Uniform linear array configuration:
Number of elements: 16
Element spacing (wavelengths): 0.25
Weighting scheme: kaiser
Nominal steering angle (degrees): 15
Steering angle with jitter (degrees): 13.583
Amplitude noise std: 0.05
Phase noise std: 0.05

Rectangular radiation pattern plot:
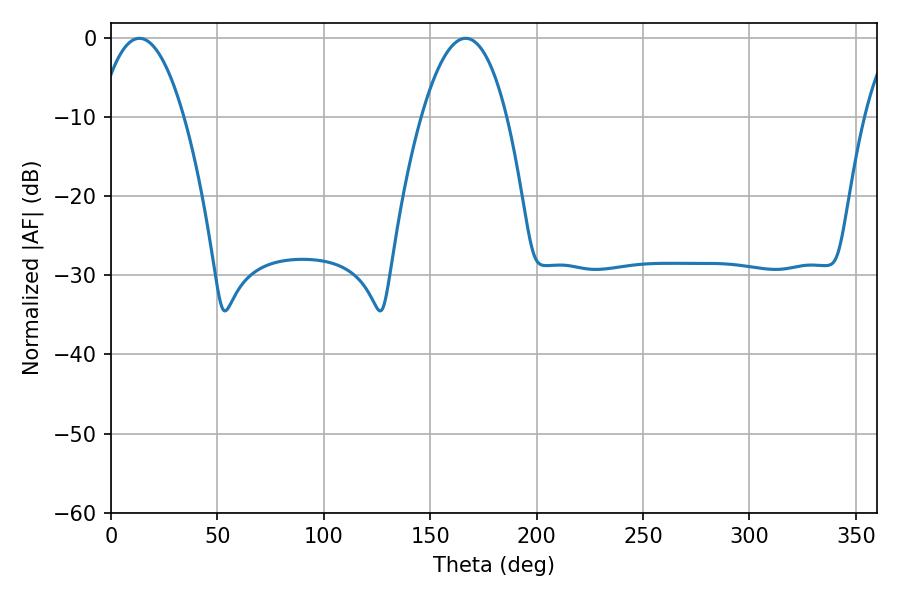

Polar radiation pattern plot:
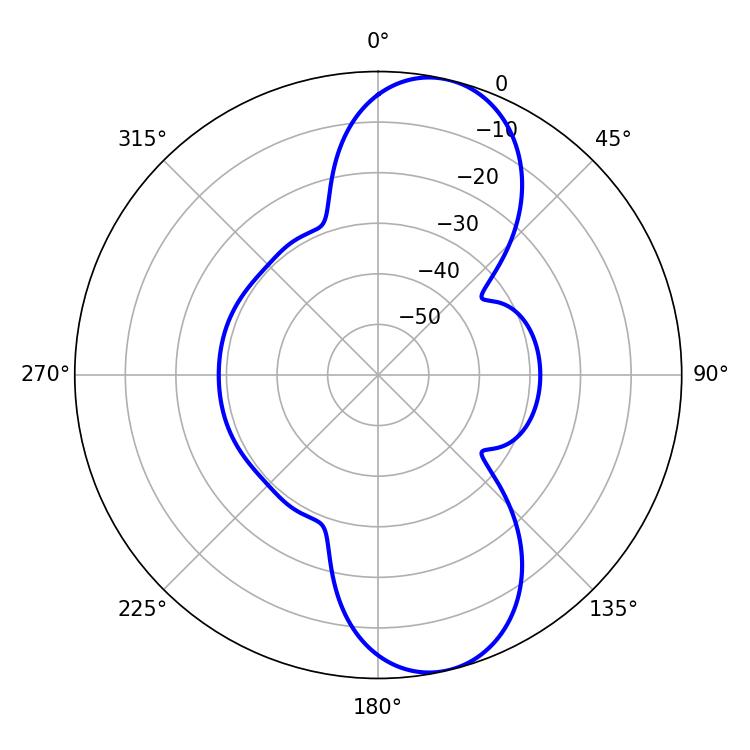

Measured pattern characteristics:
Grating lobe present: FALSE
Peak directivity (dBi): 10.129
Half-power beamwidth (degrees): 22.14
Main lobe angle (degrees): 13.32